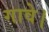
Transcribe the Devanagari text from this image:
गावे।